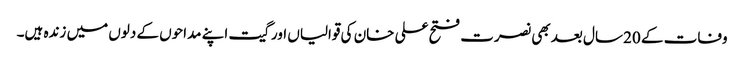
وفات کے 20 سال بعد بھی نصرت فتح علی خان کی قوالیاں اور گیت اپنے مداحوں کے دلوں میں زندہ ہیں۔